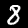
Label: 8